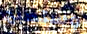
وستصبح